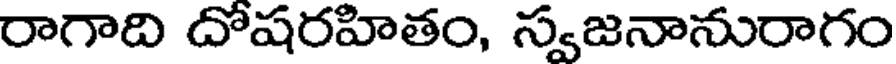
రాగాది దోషరహితం, స్వజనానురాగం